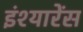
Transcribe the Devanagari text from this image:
इंश्यारेंस